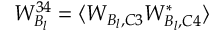
W _ { B _ { l } } ^ { 3 4 } = \langle W _ { B _ { l } , C 3 } W _ { B _ { l } , C 4 } ^ { * } \rangle